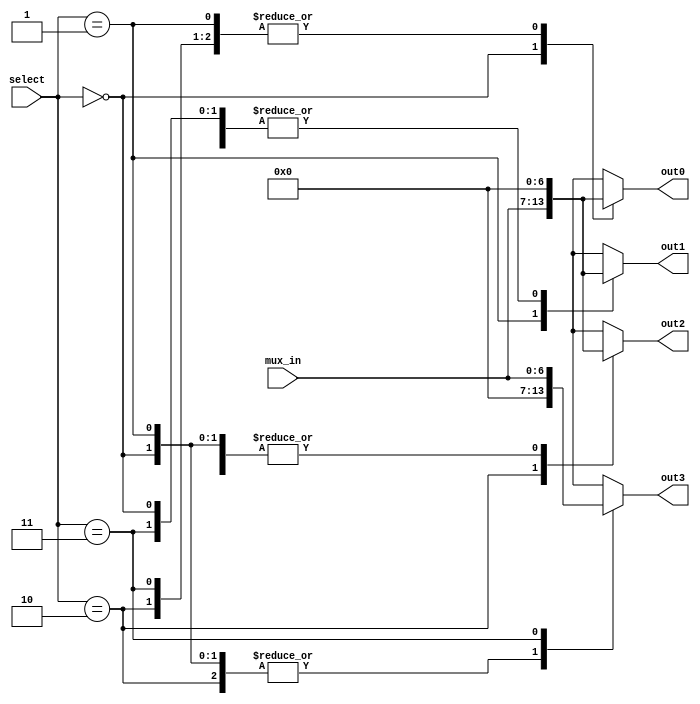
`timescale 1ns / 1ps

// For 7-segment display clock
// Authored by David J Marion

module seg_demux(
    input [6:0] mux_in,
    input [1:0] select,
    output reg [6:0] out0,
    output reg [6:0] out1,
    output reg [6:0] out2,
    output reg [6:0] out3
    );
    
    always @(select) begin
        case(select)
            2'b00:  begin
                    out0 = mux_in;
                    out1 = 7'b000_0000;
                    out2 = 7'b000_0000;
                    out3 = 7'b000_0000;
                    end
            2'b01:  begin
                    out0 = 7'b000_0000;
                    out1 = mux_in;
                    out2 = 7'b000_0000;
                    out3 = 7'b000_0000;
                    end
            2'b10:  begin
                    out0 = 7'b000_0000;
                    out1 = 7'b000_0000;
                    out2 = mux_in;
                    out3 = 7'b000_0000;
                    end
            2'b11:  begin
                    out0 = 7'b000_0000;
                    out1 = 7'b000_0000;
                    out2 = 7'b000_0000;
                    out3 = mux_in;
                    end
        endcase
    end 
endmodule